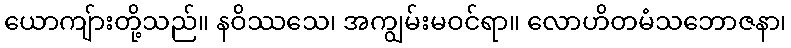
ယောကျ်ားတို့သည်။ နဝိဿသေ၊ အကျွမ်းမဝင်ရာ။ လောဟိတမံသဘောဇနာ၊